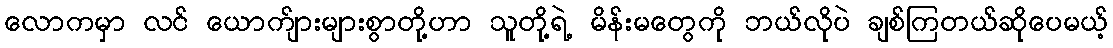
လောကမှာ လင် ယောက်ျားများစွာတို့ဟာ သူတို့ရဲ့ မိန်းမတွေကို ဘယ်လိုပဲ ချစ်ကြတယ်ဆိုပေမယ့်